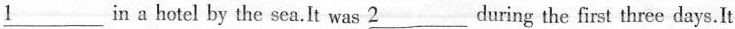
\underline{1} in a hotel by the sea.It was\underline{2}during the first three days.It